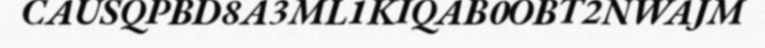
CAUSQPBD8A3ML1KIQAB0OBT2NWAJM